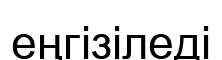
еңгізіледі